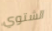
الشتوي